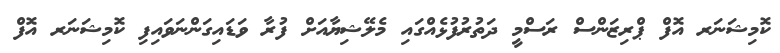
ކޮމިޝަނަރ އޮފް ޕްރިޒަންސް ރަސްމީ ދަތުރުފުޅެއްގައި މެލޭޝިޔާއަށް ފުރާ ވަޑައިގަންނަވައިފި ކޮމިޝަނަރ އޮފް